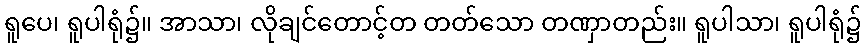
ရူပေ၊ ရူပါရုံ၌။ အာသာ၊ လိုချင်တောင့်တ တတ်သော တဏှာတည်း။ ရူပါသာ၊ ရူပါရုံ၌